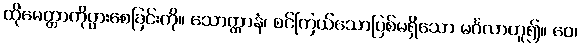
ထိုမေတ္တာကိုပွားစေခြင်းကို။ သောတ္ထာနံ၊ စင်ကြယ်သောပြစ်မရှိသော မင်္ဂလာဟူ၍။ ဝေ၊